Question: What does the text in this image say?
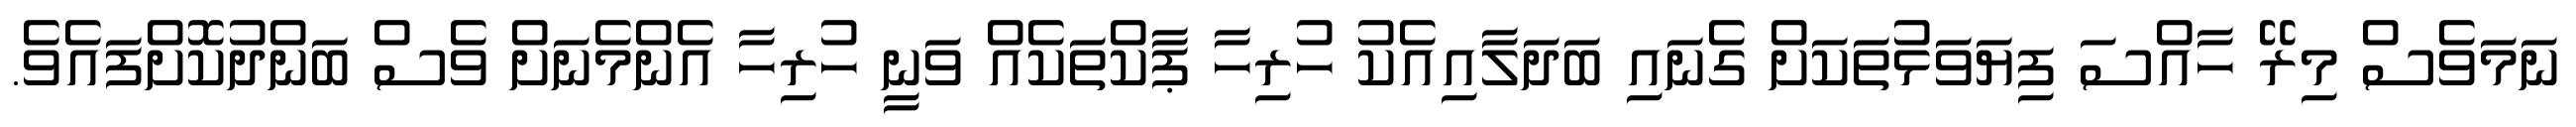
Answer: ނަމަވެސް މިރޭ ހާއްސަ ފިޔަވަޅުތަކަށް ގެނައި ބަދަލާއިއެކު ހުރިހާ ޕާކްތަކެއް ވަނީ ހުރިހާ އެންމެނަށް ވެސް ބަންދުކޮށްފައެވެ.